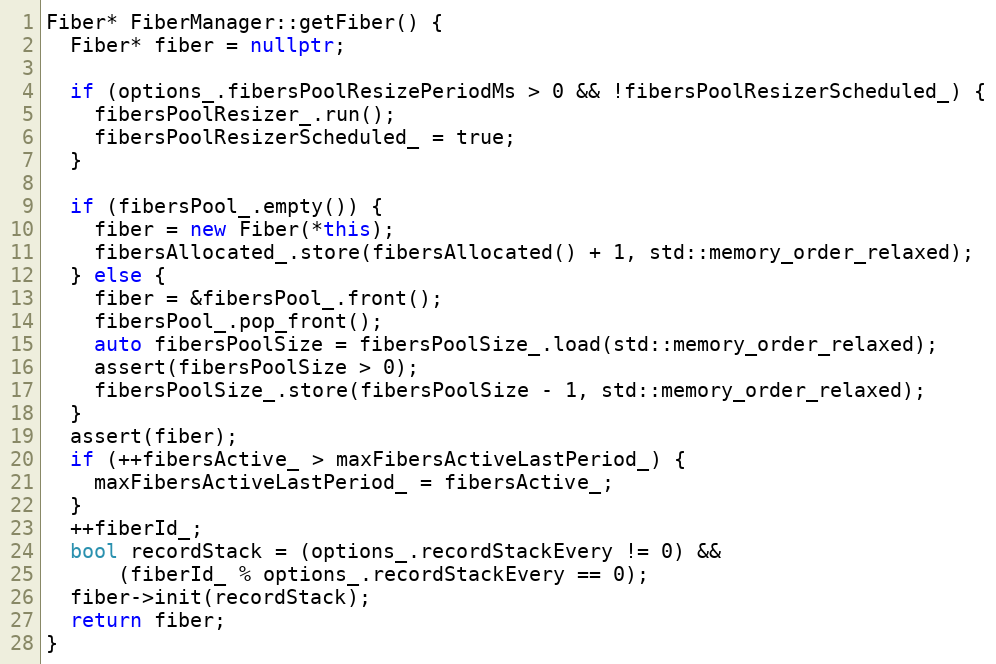
Language: C++
Fiber* FiberManager::getFiber() {
  Fiber* fiber = nullptr;

  if (options_.fibersPoolResizePeriodMs > 0 && !fibersPoolResizerScheduled_) {
    fibersPoolResizer_.run();
    fibersPoolResizerScheduled_ = true;
  }

  if (fibersPool_.empty()) {
    fiber = new Fiber(*this);
    fibersAllocated_.store(fibersAllocated() + 1, std::memory_order_relaxed);
  } else {
    fiber = &fibersPool_.front();
    fibersPool_.pop_front();
    auto fibersPoolSize = fibersPoolSize_.load(std::memory_order_relaxed);
    assert(fibersPoolSize > 0);
    fibersPoolSize_.store(fibersPoolSize - 1, std::memory_order_relaxed);
  }
  assert(fiber);
  if (++fibersActive_ > maxFibersActiveLastPeriod_) {
    maxFibersActiveLastPeriod_ = fibersActive_;
  }
  ++fiberId_;
  bool recordStack = (options_.recordStackEvery != 0) &&
      (fiberId_ % options_.recordStackEvery == 0);
  fiber->init(recordStack);
  return fiber;
}